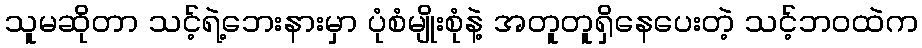
သူမဆိုတာ သင့်ရဲ့ဘေးနားမှာ ပုံစံမျိုးစုံနဲ့ အတူတူရှိနေပေးတဲ့ သင့်ဘဝထဲက